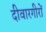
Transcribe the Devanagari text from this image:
दीवारगीरों